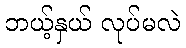
ဘယ့်နှယ် လုပ်မလဲ